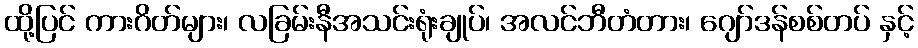
ထို့ပြင် ကားဂိတ်များ၊ လခြမ်းနီအသင်းရုံးချုပ်၊ အလင်ဘီတံတား၊ ဂျော်ဒန်စစ်တပ် နှင့်